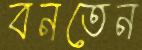
বনতেন